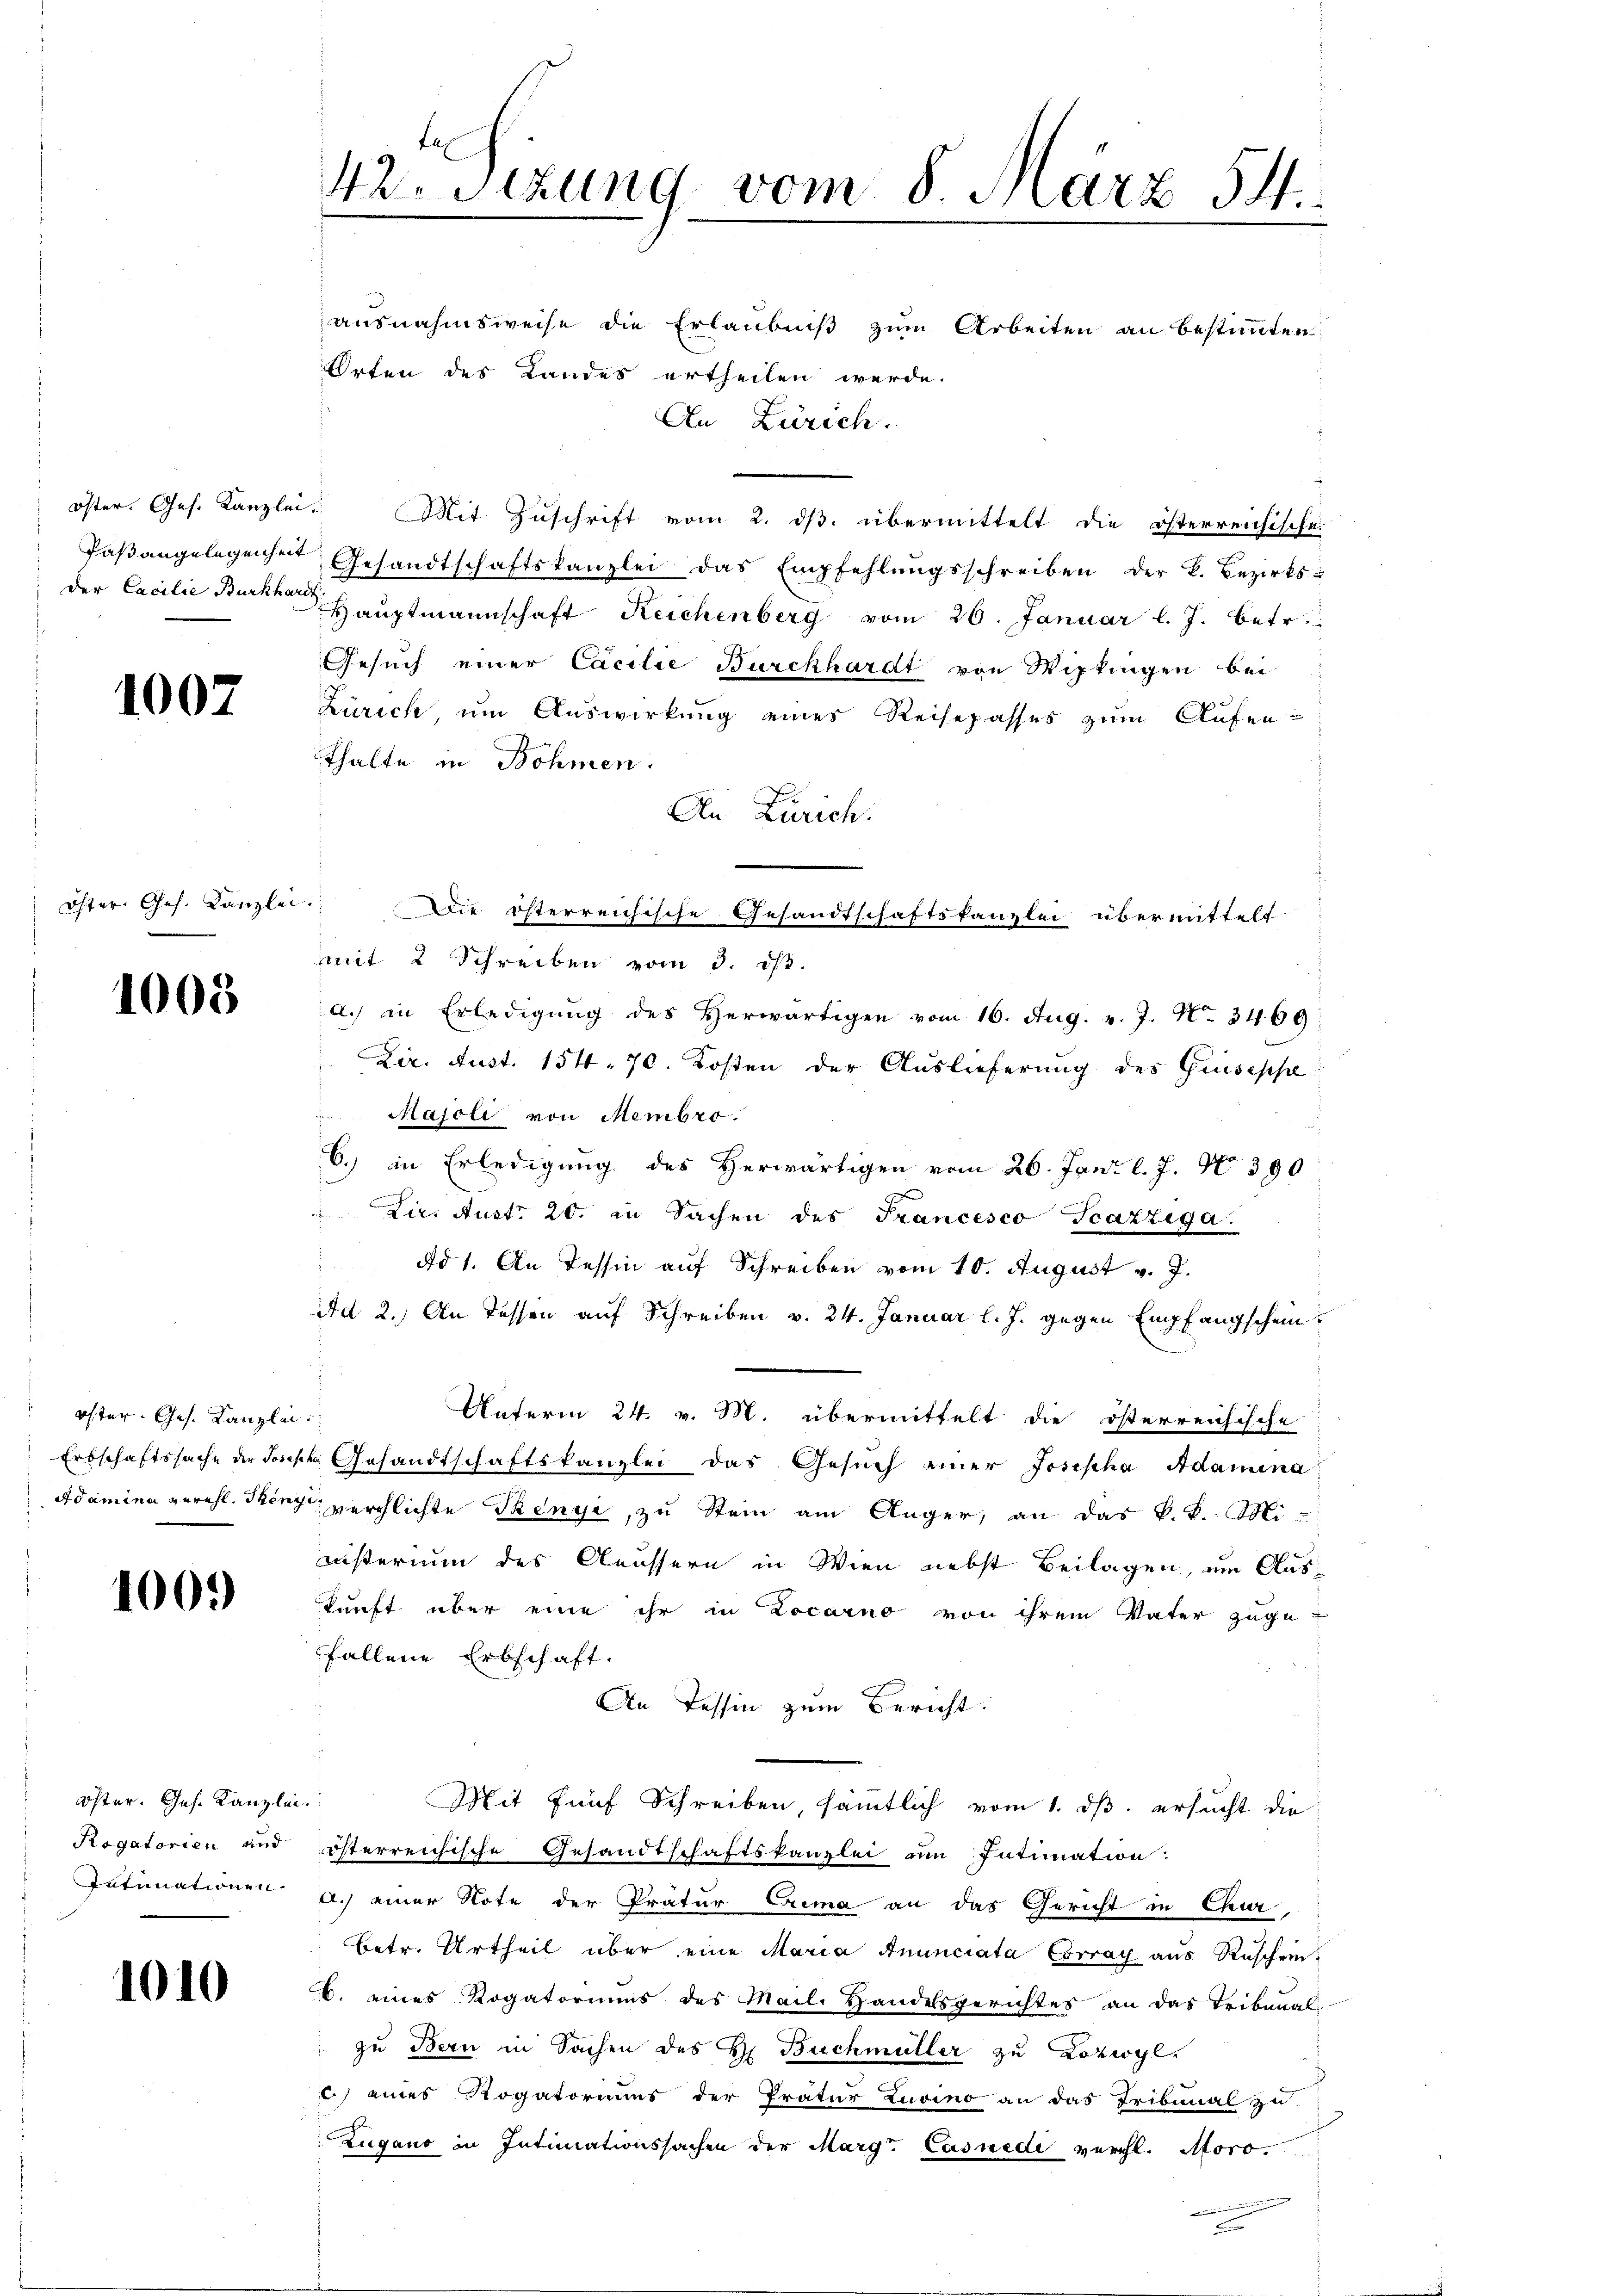
öster. Ges. Kanzlei

1007

Öster Ges. Kanzlei

1005

öster. Ges. Kanzlei

100.

öster. Ges. Kanzlei
Rogatorien und

1010

42. Sizung vom 8. März 54.

ausnahmsweise die Erlaubniß zum Arbeiten an bestimmten
Orten des Landes ertheilen werde.
An Zürich.
Mit Zuschrift vom 2. ds. übermittelt die österreichische
Paβangelegenheit Gesandtschaftskanzlei das Empfehlŭngsschreiben der B. Bezirks-
der Cacilie Baron Hauptmannschaft Reichenberg vom 26. Januar l. J. betr.
Gesuch einer Cacilie Burckhardt von Wipkingen bei
Zürich, um Auswirkung eines Reisepasses zum Aufenthalte in Böhmen.
An Zürich.
Die österreichische Gesandtschaftskanzlei übermittelt
mmit 2 Schreiben vom 3. d.
a. in Erledigŭng des Herwärtigen vom 16. Aug. v. J. No. 3469
Zir. Just. 154. 70. Kosten der Auslieferung des Guseppe
Majoli von Membro.
6.) in Erledigung des Herwärtigen vom 26. Jan. l. J. No 390.
Lir. Austr. 20. in Sachen des Francesco Scazziga
 ad 1. An Tessin auf Schreiben vom 10. August v. J.
Ad 2.) An dessen auf Schreiben v. 24. Januar l. J. gegen Empfangschein.
Unterm 24. v. M. übermittelt die österreichische
Erbschaftssache der Joseph Gesandtschaftskanzlei das Gesuch einer Josepha Adamina
Adamina geruht. Sing verschlichte Sengi, zu Stein am Anger, an das k.k. Mi-
nisterium des Aeussern in Wien nebst Beilagen, um Auskunft über eine ihr in Locarno von ihrem Vater zuge-
fallene Erbschaft.
An Tessin zum Bericht.
Mit fünf Schreiben, sämmtlich vom 1. ds. ersucht die
österreichische Gesandtschaftskanzlei um Intimation:
Intimationen a.) einer Note der Prätur Crima an das Gericht in Chur
Betr. Urtheil über eine Maria Anunciata Corray aus Rüschein
6. eines Rogatoriums des Mail. Handelsgerichtes an das Tribunal-
zu Bern in Sachen des H. Buchmüller zu Lozwyl,
) eines Rogatoriums der Pratur Zuvino an das Tribunal zu
Zugano in Intimationssachen der Marg. Casnede verhl. Storo

E